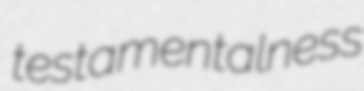
testamentalness